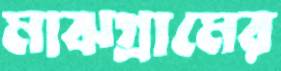
মাঝগ্রামের